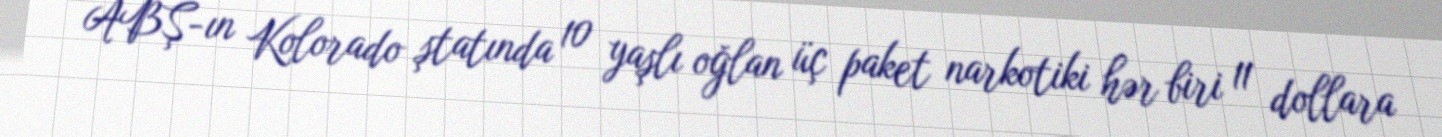
ABŞ-ın Kolorado ştatında 10 yaşlı oğlan üç paket narkotiki hər biri 11 dollara